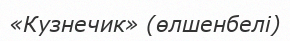
«Кузнечик» (өлшенбелі)